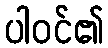
ပါဝင်၏